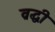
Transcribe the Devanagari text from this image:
व्रद्धी